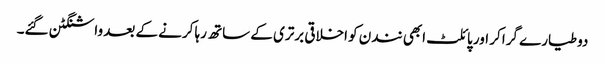
دو طیارے گرا کر اور پائلٹ ابھی نندن کو اخلاقی برتری کے ساتھ رہا کرنے کے بعد واشنگٹن گئے۔